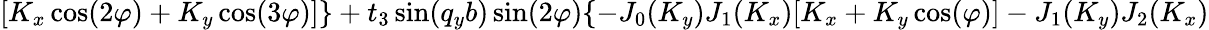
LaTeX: [K_{x}\cos(2\varphi)+K_{y}\cos(3\varphi)]\} +t_{3}\sin(q_{y}b)\sin(2\varphi)\{ -J_{0}(K_{y})J_{1}(K_{x})[K_{x}+K_{y}\cos(\varphi)]-J_{1}(K_{y})J_{2}(K_{x})